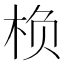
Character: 㭥